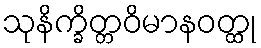
သုနိက္ခိတ္တဝိမာနဝတ္ထု